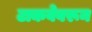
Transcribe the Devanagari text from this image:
टाकवेवरून